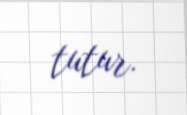
tutur.